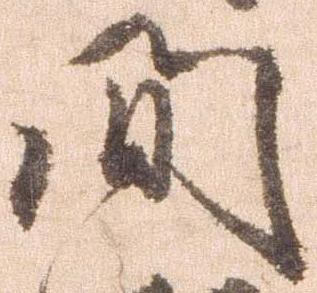
間